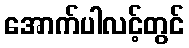
အောက်ပါလင့်တွင်